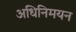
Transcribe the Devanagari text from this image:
अधिनिमयन